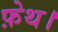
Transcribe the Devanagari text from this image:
फ़ेथ।